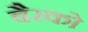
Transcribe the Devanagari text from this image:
बैरको